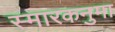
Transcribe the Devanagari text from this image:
स्मारकनुमा